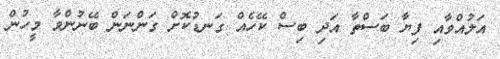
އަލުއްވާއި ފިޔާ ބަސްތާ އަދި ބިސް ކޭހެއް ގަނޑުކޮށް ގަންނަން ބޭނުންވާ މީހުން